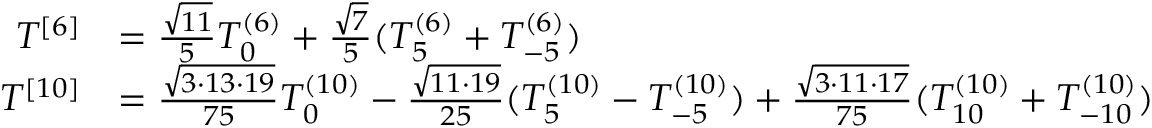
\begin{array} { r l } { T ^ { [ 6 ] } } & { = \frac { \sqrt { 1 1 } } { 5 } T _ { 0 } ^ { ( 6 ) } + \frac { \sqrt { 7 } } { 5 } ( T _ { 5 } ^ { ( 6 ) } + T _ { - 5 } ^ { ( 6 ) } ) } \\ { T ^ { [ 1 0 ] } } & { = \frac { \sqrt { 3 \cdot 1 3 \cdot 1 9 } } { 7 5 } T _ { 0 } ^ { ( 1 0 ) } - \frac { \sqrt { 1 1 \cdot 1 9 } } { 2 5 } ( T _ { 5 } ^ { ( 1 0 ) } - T _ { - 5 } ^ { ( 1 0 ) } ) + \frac { \sqrt { 3 \cdot 1 1 \cdot 1 7 } } { 7 5 } ( T _ { 1 0 } ^ { ( 1 0 ) } + T _ { - 1 0 } ^ { ( 1 0 ) } ) } \end{array}